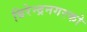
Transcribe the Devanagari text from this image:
बिरेन्द्रनगरको